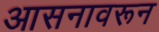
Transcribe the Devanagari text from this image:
आसनावरून